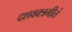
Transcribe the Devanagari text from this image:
दशवक्त्रगीतं